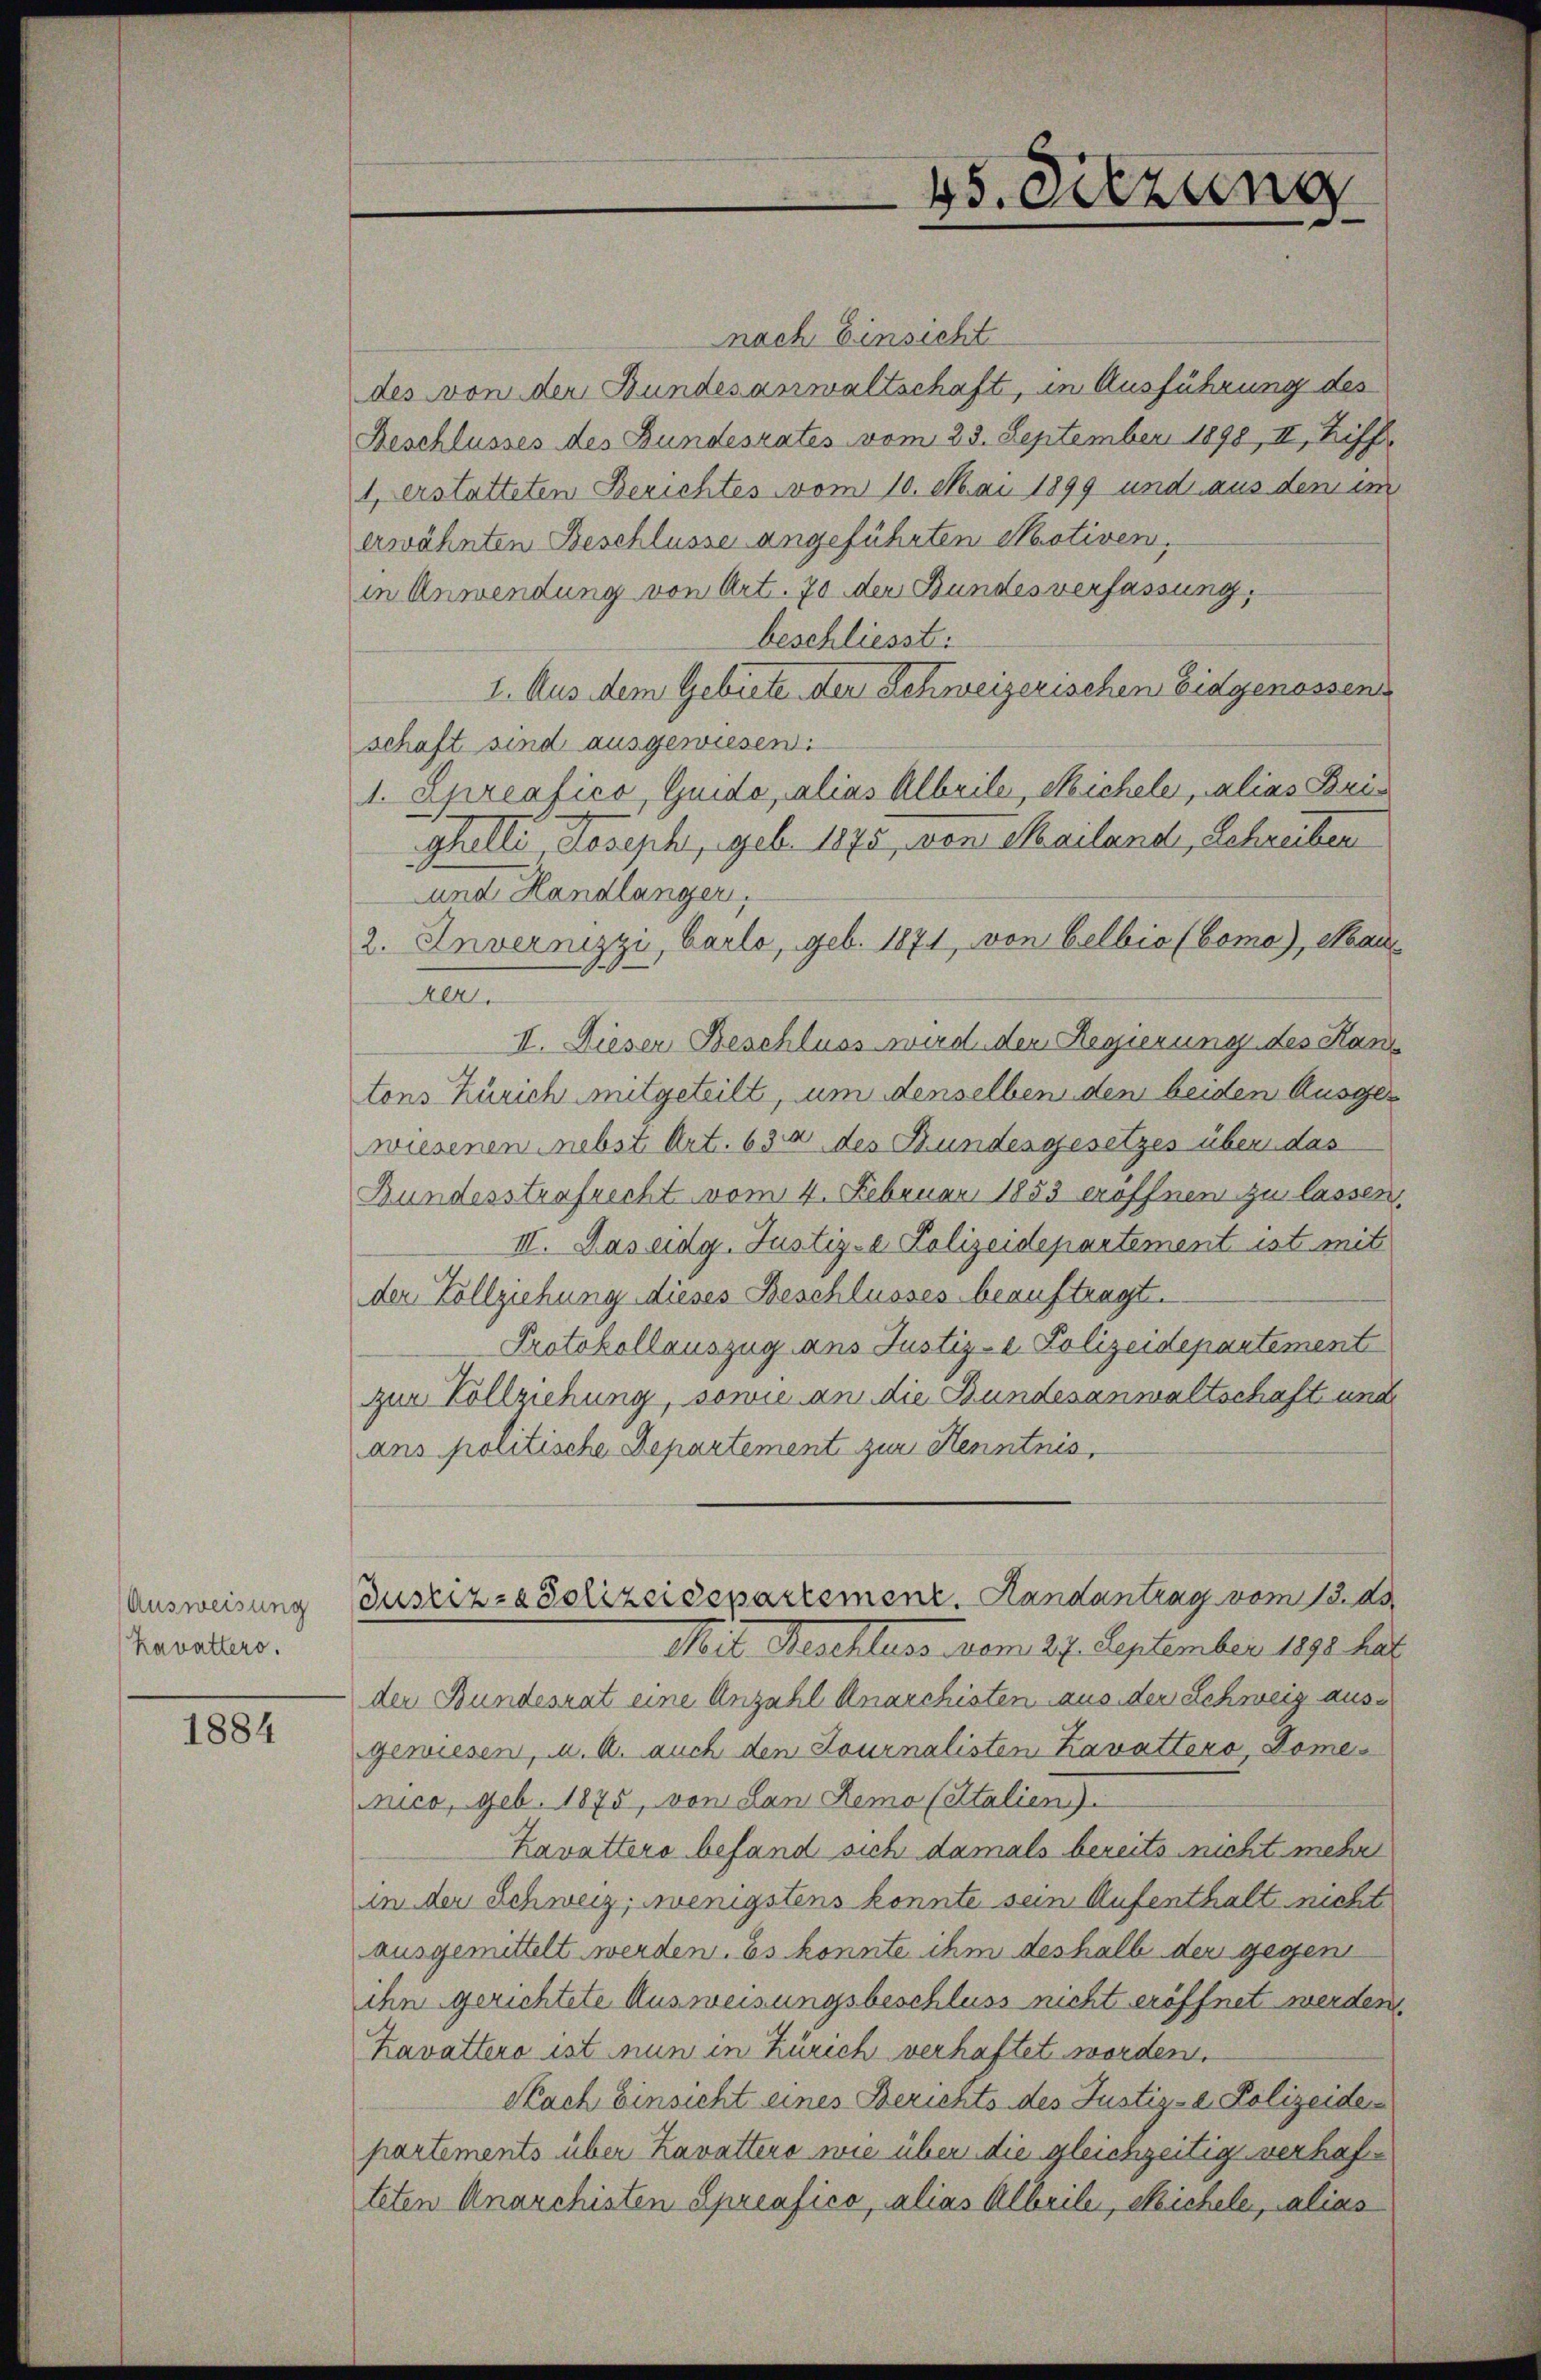
Ausweisung
kavatters.

1884

nach Einsicht
des von der Bundesanwaltschaft, in Ausführung des
Beschlusses des Bundesrates vom 23. September 1890, II, Ziff
1, erstatteten Berichtes vom 10. Mai 1899 und aus dem im
erwähnten Beschlusse angeführten Motiven,
in Anwendung von Art. 70 der Bundesverfassung,
beschliesst:
1. Aus dem Gebiete der Schweizerischen Eidgenossen
schaft sind ausgewiesen.
1. Apreafico, Guido, alias Albrile, Michele, alias Brus
ghelli, Joseph, geb. 1875, von Mailand, Schreiben
und Handlänger,
2. Invernizzi, Carlo, geb. 1871, von belbio (bomo), Mau¬
Aer.
II. Dieser Beschluss wird der Regierung des Kanz
tons Zürich mitgeteilt, um denselben den beiden Ausger
wiesenen nebst Art. 630 des Bundesgesetzes über das
Bundesstrafrecht vom 4. Februar 1853 eröffnen zu lassen,
III. Das eidg. Justiz- & Polizeidepartement ist mit
der Vollziehung dieses Beschlusses beauftragt.
Protokollauszug aus Justiz- & Polizeidepartement
zur Vollziehung, sowie an die Bundesanwaltschaft und
ans politische Departement zur Kenntnis,
Justiz- & Polizeidepartement. Handantrag vom 13. d.
Mit Beschluss vom 27. September 1890 har
der Bundesrat eine Anzahl Anarchisten aus der Schweig ausgewiesen, u. A. auch den Journalisten Lavattera domes
nico, geb. 1875, von Lan Remo (Italien).
Kavatters befand sich damals bereits nicht mehr
in der Schweiz, wenigstens konnte sein Aufenthalt nicht
ausgemittelt werden. Es konnte ihm deshalb der gegen
ihn gerichtete Ausweisungsbeschluss nicht eröffnet werden.
Kavattero ist nun in Zürich verhaftet worden.
Nach Einsicht eines Berichts des Justiz-a. Polizeiden
partements über Kavattene wie über die gleichzeitig verhafteten Anarchisten Spreafico, alias Albeile, Michele, alias

45. Sitzung